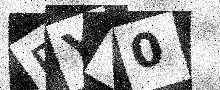
Text: BYV0